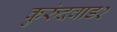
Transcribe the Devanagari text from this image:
कुरुंदवाड२